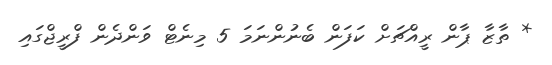
* ތާޒާ ޕާން ރީއްޗަށް ކަފަން ބެނުންނަމަ 5 މިނެޓް ވަންދެން ފްރީޖްގައި